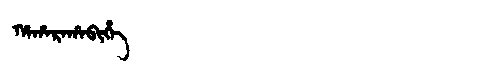
Manchu: ᡥᠠᡥᠠᡵᠠᡥᠠᠪᡳᡥᡝ
Romanization: HAHARAHABIHE